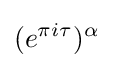
(e^{\pi i\tau })^{\alpha }